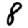
Digit: 8